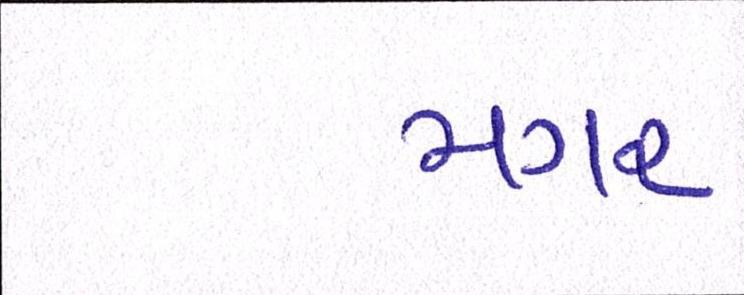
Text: મગર